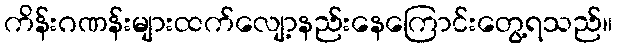
ကိန်းဂဏန်းများထက်လျော့နည်းနေကြောင်းတွေ့ရသည်။